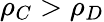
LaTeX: \rho_{C}>\rho_{D}